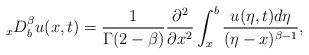
LaTeX: \begin{align*}{}_xD^{\beta}_{b}u(x,t) = \frac{1}{\Gamma(2 - \beta)}\frac{\partial^2 }{\partial x^2}\int^{b}_x \frac{u(\eta,t)d\eta}{(\eta - x)^{\beta - 1}},\end{align*}